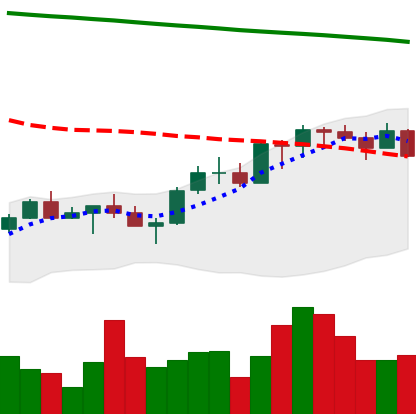
Ticker: XMR-USD
Chart end date: 2022-07-25
Forward return: 8.164%
Label: up_7plus